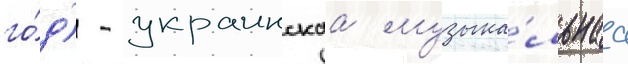
го́д) - украинскаа музыка́льнаа